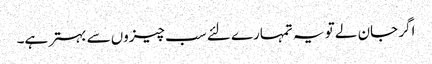
اگر جان لے تو یہ تمہارے لئے سب چیزوں سے بہتر ہے۔